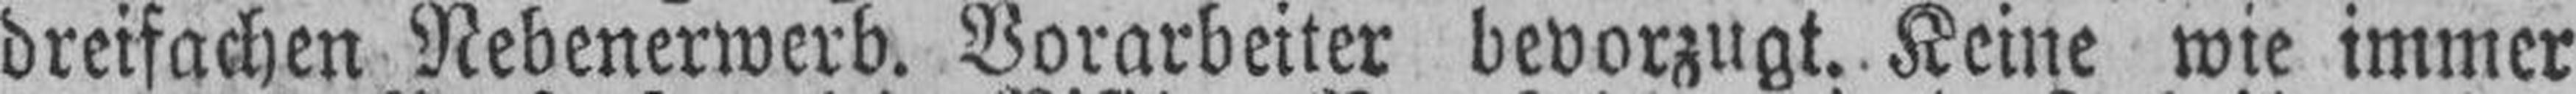
dreifachen Nebenerwerb. Vorarbeiter bevorzugt. Keine wie immer